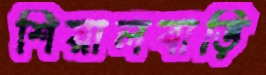
শিয়ালবাড়ি